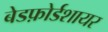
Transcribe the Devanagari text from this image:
बेडफ़ोर्डशायर